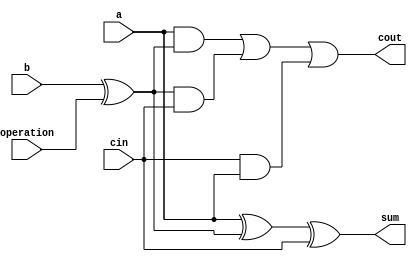
`timescale 1ns / 1ps
//////////////////////////////////////////////////////////////////////////////////
// Company: 
// Engineer: 
// 
// Design Name: 
// Module Name:    fulladdsub 
// Project Name: 
// Target Devices: 
// Tool versions: 
// Description: 
//
// Dependencies: 
//
// Revision: 
// Revision 0.01 - File Created
// Additional Comments: 
//
//////////////////////////////////////////////////////////////////////////////////
module fulladdsub(a,b,cin,operation,sum,cout);

    input a,b,cin,operation;
    output sum,cout;
    wire sum,cout;
    assign sum=a^(b^operation)^cin;
    assign cout = (a & (b^operation)) | ((b^operation) & cin) | (cin & a);

endmodule